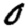
Digit: 0